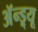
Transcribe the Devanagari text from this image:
अॅन्ड्र्यू